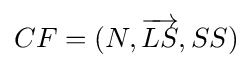
CF=(N,{\overrightarrow {LS}},SS)